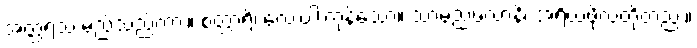
အတ္ထရသ မည်သည်ကား။ စတ္တာရိ၊ လေးပါးကုန်သော။ သာမညဖလာနိ၊ အရိယဖိုလ်တို့တည်း။